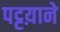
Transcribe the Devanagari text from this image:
पट्टय़ाने